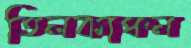
তিলকাঞ্চন